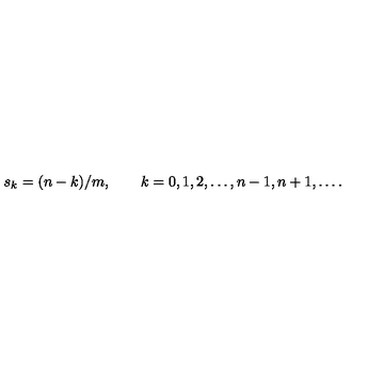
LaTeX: s _ { k } = ( n - k ) / m , \qquad k = 0 , 1 , 2 , \ldots , n - 1 , n + 1 , \dots .